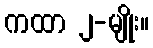
ကထာ ၂-မျိုး။